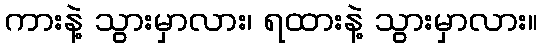
ကားနဲ့ သွားမှာလား၊ ရထားနဲ့ သွားမှာလား။